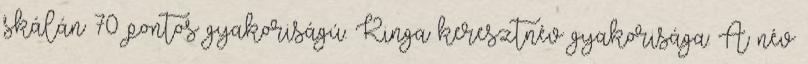
skálán 70 pontos gyakoriságú. Kinga keresztnév gyakorisága: A név